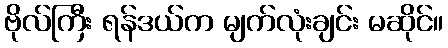
ဗိုလ်ကြီး ရန်ဒယ်က မျက်လုံးချင်း မဆိုင်။